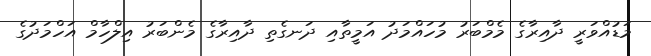
މަޑުއްވަރީ ދާއިރާގެ މެމްބަރު މުހައްމަދު އަމީތާއި ދަނގެތި ދާއިރާގެ މެންބަރު އިލްހާމް އަހްމަދުގެ